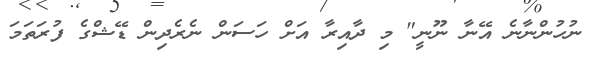
ނުހުންނާނެ އޭނާ ނޫނީ" މި ދާއިރާ އަށް ހަސަން ނެރެދިން ޑޭޝްގެ ފުރަތަމަ